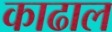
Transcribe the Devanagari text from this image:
काढाल